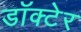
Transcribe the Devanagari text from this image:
डॉक्टेर